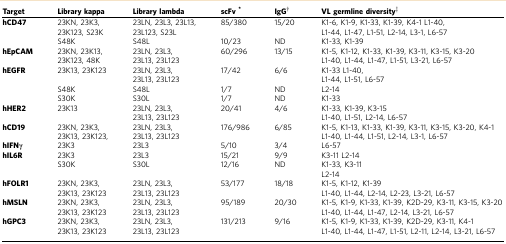
<table><thead><tr><td><b>Target</b></td><td><b>Library kappa</b></td><td><b>Library lambda</b></td><td><b>scFv*</b></td><td><b>IgG†</b></td><td><b>VL germline diversity‡</b></td></tr></thead><tbody><tr><td><b>hCD47</b></td><td>23KN, 23K3, 23K123, S23K</td><td>23LN, 23L3, 23L13, 23L123, S23L</td><td>85/380</td><td>15/20</td><td>K1-6, K1-9, K1-33, K1-39, K4-1 L1-40, L1-44, L1-47, L1-51, L2-14, L3-1, L6-57</td></tr><tr><td> </td><td>S48K</td><td>S48L</td><td>10/23</td><td>ND</td><td>K1-33, K1-39</td></tr><tr><td><b>hEpCAM</b></td><td>23KN, 23K13, 23K123, 48K</td><td>23LN, 23L3, 23L13, 23L123</td><td>60/296</td><td>13/15</td><td>K1-5, K1-12, K1-33, K1-39, K3-11, K3-15, K3-20 L1-40, L1-44, L1-47, L1-51, L3-21, L6-57</td></tr><tr><td><b>hEGFR</b></td><td>23K13, 23K123</td><td>23LN, 23L3, 23L13, 23L123</td><td>17/42</td><td>6/6</td><td>K1-33 L1-40, L1-44, L1-51, L6-57</td></tr><tr><td> </td><td>S48K</td><td>S48L</td><td>1/7</td><td>ND</td><td>L2-14</td></tr><tr><td> </td><td>S30K</td><td>S30L</td><td>1/7</td><td>ND</td><td>K1-33</td></tr><tr><td><b>hHER2</b></td><td>23K13</td><td>23LN, 23L3, 23L13, 23L123</td><td>20/41</td><td>4/6</td><td>K1-33, K1-39, K3-15 L1-40, L1-51, L2-14, L6-57</td></tr><tr><td><b>hCD19</b></td><td>23KN, 23K3, 23K13, 23K123,</td><td>23LN, 23L3, 23L13, 23L123</td><td>176/986</td><td>6/85</td><td>K1-5, K1-13, K1-33, K1-39, K3-11, K3-15, K3-20, K4-1 L1-40, L1-44, L1-51, L2-14, L3-1, L6-57</td></tr><tr><td><b>hIFNγ</b></td><td>23K3</td><td>23L3</td><td>5/10</td><td>3/4</td><td>L6-57</td></tr><tr><td><b>hIL6R</b></td><td>23K3</td><td>23L3</td><td>15/21</td><td>9/9</td><td>K3-11 L2-14</td></tr><tr><td> </td><td>S30K</td><td>S30L</td><td>12/16</td><td>ND</td><td>K1-33, K3-11 L2-14</td></tr><tr><td><b>hFOLR1</b></td><td>23KN, 23K3, 23K13, 23K123</td><td>23LN, 23L3, 23L13, 23L123</td><td>53/177</td><td>18/18</td><td>K1-5, K1-12, K1-39 L1-40, L1-44, L2-14, L2-23, L3-21, L6-57</td></tr><tr><td><b>hMSLN</b></td><td>23KN, 23K3, 23K13, 23K123</td><td>23LN, 23L3, 23L13, 23L123</td><td>95/189</td><td>20/30</td><td>K1-5, K1-9, K1-33, K1-39, K2D-29, K3-11, K3-15, K3-20 L1-40, L1-44, L1-47, L2-14, L3-21, L6-57</td></tr><tr><td><b>hGPC3</b></td><td>23KN, 23K3, 23K13, 23K123</td><td>23LN, 23L3, 23L13, 23L123</td><td>131/213</td><td>9/16</td><td>K1-5, K1-9, K1-33, K1-39, K2D-29, K3-11, K4-1 L1-40, L1-44, L1-47, L1-51, L2-11, L2-14, L3-21, L6-57</td></tr></tbody></table>